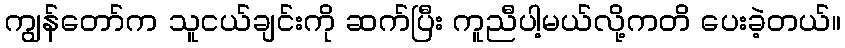
ကျွန်တော်က သူငယ်ချင်းကို ဆက်ပြီး ကူညီပါ့မယ်လို့ကတိ ပေးခဲ့တယ်။